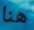
هنا